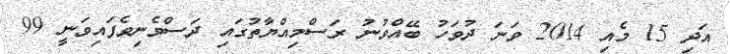
އަދި 15 މެއި 2014 ވަނަ ދުވަހު ބޭއްވުނު ރަސްމިއްޔާތުގައި ދަސްވެނިވެފައިވަނީ 99